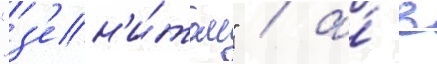
"з'ен'и́том" / а́ в